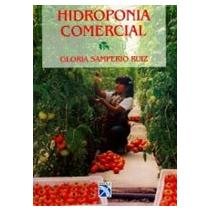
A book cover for Hidroponia comercial/ Commercial Hydroponics (Spanish Edition); Gloria Samperio Ruiz; Business & Money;